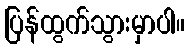
ပြန်ထွက်သွားမှာပါ။